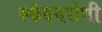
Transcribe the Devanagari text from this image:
स्कंदनरोधी